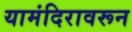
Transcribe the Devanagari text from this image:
यामंदिरावरून